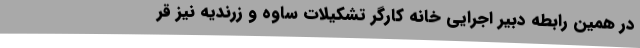
در همین رابطه دبیر اجرایی خانه کارگر تشکیلات ساوه و زرندیه نیز قر